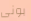
بونى